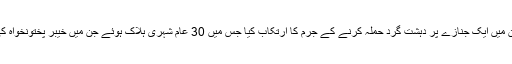
بیان کے مطابق برہان الدین، شاہیر خان اور گل فراز نے مردان میں ایک جنازے پر دہشت گرد حملہ کرنے کے جرم کا ارتکاب کیا جس میں 30 عام شہری ہلاک ہوئے جن میں خیبر پختونخواہ کی صوبائی اسمبلی کے رکن عمران خان مہمند بھی شامل تھے۔